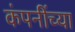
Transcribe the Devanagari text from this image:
कंपनींच्या